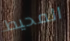
المحيط